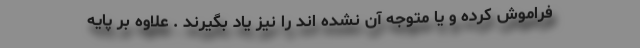
فراموش کرده و یا متوجه آن نشده اند را نیز یاد بگیرند . علاوه بر پایه